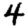
Digit: 4